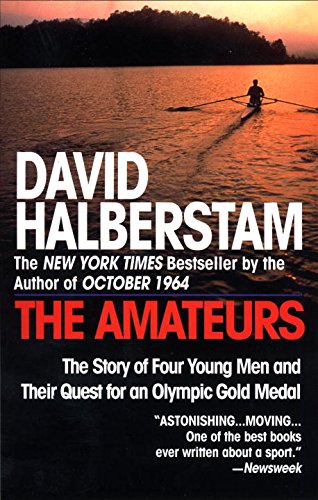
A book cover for The Amateurs: The Story of Four Young Men and Their Quest for an Olympic Gold Medal; David Halberstam; Reference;